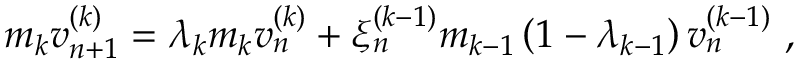
m _ { k } v _ { n + 1 } ^ { ( k ) } = \lambda _ { k } m _ { k } v _ { n } ^ { ( k ) } + \xi _ { n } ^ { ( k - 1 ) } m _ { k - 1 } \left( 1 - \lambda _ { k - 1 } \right) v _ { n } ^ { ( k - 1 ) } \ ,